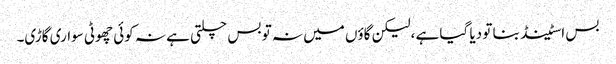
بس اسٹینڈ بنا تو دیا گیا ہے ،لیکن گاؤں میں نہ تو بس چلتی ہے نہ کوئی چھوٹی سواری گاڑی۔